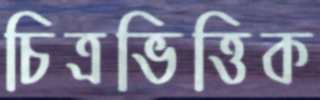
চিত্রভিত্তিক